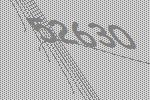
52630